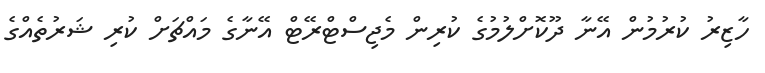
ހާޒިރު ކުރުމުން އޭނާ ދޫކޮށްލުމުގެ ކުރިން މެޖިސްޓްރޭޓް އޭނާގެ މައްޗަށް ކުރި ޝަރުތެއްގެ